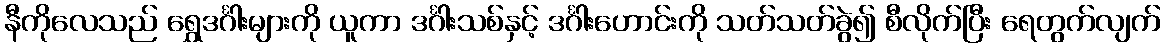
နီကိုလေသည် ရွှေဒင်္ဂါးများကို ယူကာ ဒင်္ဂါးသစ်နှင့် ဒင်္ဂါးဟောင်းကို သတ်သတ်ခွဲ၍ စီလိုက်ပြီး ရေတွက်လျက်